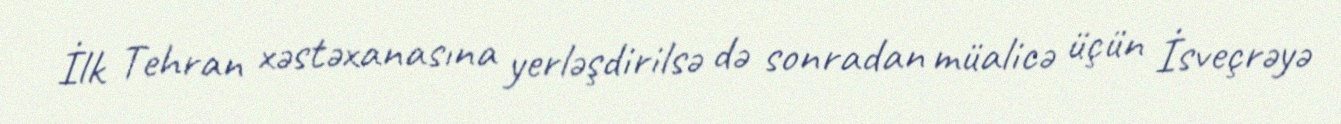
İlk Tehran xəstəxanasına yerləşdirilsə də sonradan müalicə üçün İsveçrəyə